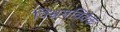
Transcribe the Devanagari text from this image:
विभ्रमविवेक